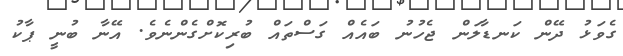
ގެވަޅު ދޭން ކަނޑާލަން ޖެހުނު ބައެއް ގަސްތައް ބުރިކޮށްގެންނެވެ. އޭނާ ބުނީ ޕާކު